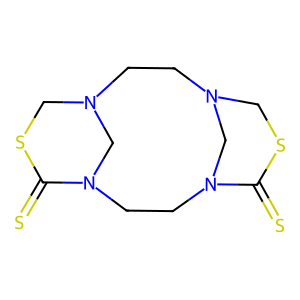
SMILES: S=C1SCN2CCN3CSC(=S)N(CCN1C2)C3
Inhibits HIV replication: No